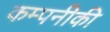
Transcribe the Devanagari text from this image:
कम्पनीकी